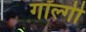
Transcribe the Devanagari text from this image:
गॉल्गी